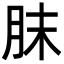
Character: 䏞